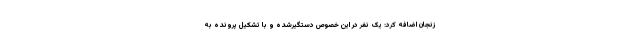
زنجان اضافه کرد: یک نفر در این خصوص دستگیرشده و با تشکیل پرونده به